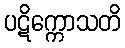
ပဋိက္ကောသတိ